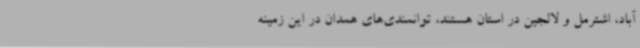
آباد، اشترمل و لالجین در استان هستند، توانمندی‌های همدان در این زمینه